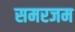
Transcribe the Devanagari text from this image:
समरजम